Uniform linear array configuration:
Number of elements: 8
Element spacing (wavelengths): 0.75
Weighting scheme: kaiser
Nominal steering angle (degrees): -60
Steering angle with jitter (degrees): -58.086
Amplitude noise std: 0.05
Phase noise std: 0.05

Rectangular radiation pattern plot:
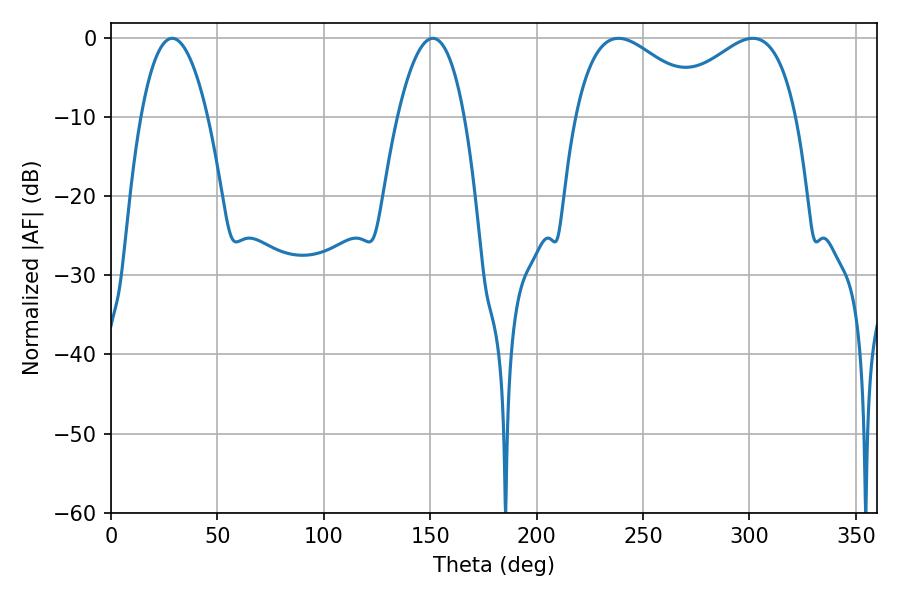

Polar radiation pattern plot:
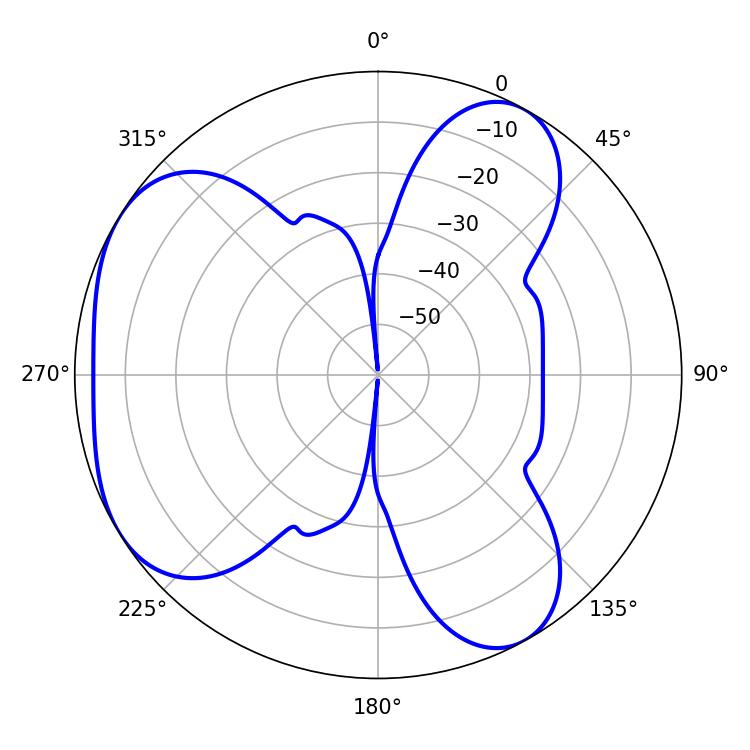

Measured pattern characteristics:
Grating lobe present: TRUE
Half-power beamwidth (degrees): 34.38
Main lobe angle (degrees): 238.5